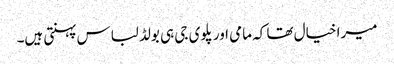
میرا خیال تھا کہ مامی اور پلوی جی ہی بولڈ لباس پہنتی ہیں۔